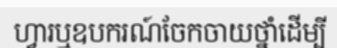
ហ្វារឬឧបករណ៍ចែកចាយថ្នាំដើម្បី